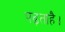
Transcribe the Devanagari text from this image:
पढ़ताहै।